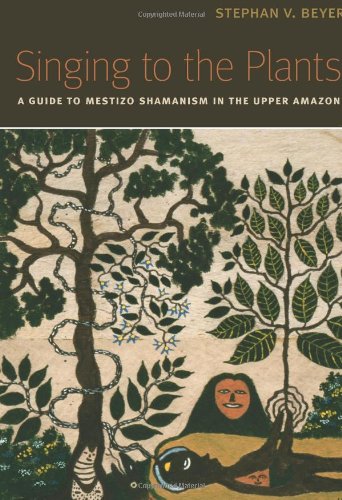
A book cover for Singing to the Plants: A Guide to Mestizo Shamanism in the Upper Amazon; Stephan V. Beyer; Religion & Spirituality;